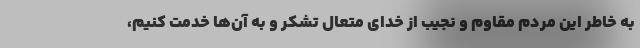
به خاطر این مردم مقاوم و نجیب از خدای متعال تشکر و به آن‌ها خدمت کنیم،